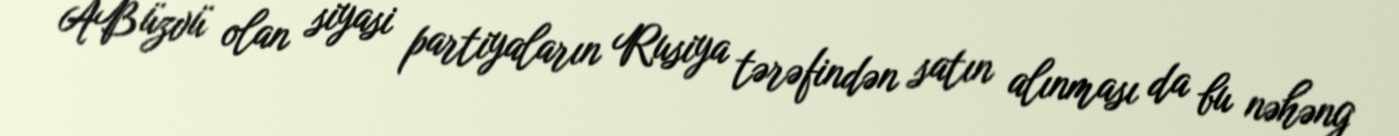
AB üzvü olan siyasi partiyaların Rusiya tərəfindən satın alınması da bu nəhəng